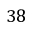
3 8